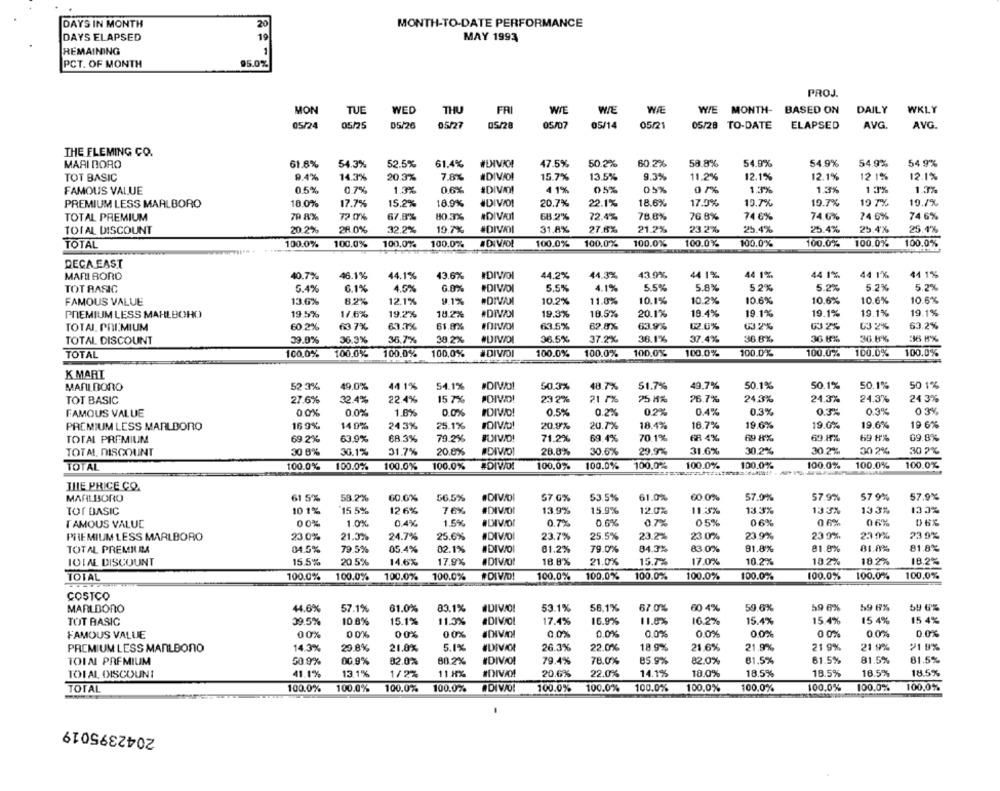
20
MONTH-TO-DATE PERFORMANCE
DAYS IN MONTH
DAYS ELAPSED
19
MAY 1993
REMAINING
1
PCT. OF MONTH
95.0%
PROJ.
MON
TUE
WED
THU
FRI
WIE
WE
WIE
WIE MONTH- BASED ON
DAILY
WKLY
05/25
05/20
05/27
05/28
05/07
05/14
05/21
05/28 TO-DATE
ELAPSED
AVG.
AVG
THE FLEMING CO.
MARI DORO
61.8%
54.3%
52.5%
61.4%
#DXIVIO!
47.5%
50.2%
60.2%
58.8%
54.9%
54.9%
54.9%
54 9%
TOT BASIC
9.4%
14.3%
20.3%
7.8%
#DIVIDI
15.7%
13.5%
9.3%
11.2%
12.1%
12.1%
12 1%%
12.1%
FAMOUS VALUE
05%
0.7%
1.3%
0.6%
IDIVMI
4 1%
05%
05%
0 7%
1.3%
1.3%
13%
1.3%
PREMIUM LESS MARLBORO
18.0%
17.7%
15.2%
18.9%
JDIVIDI
20.7%
22.1%
18.6%
17.0%
19.7%
19.7%
19 7%
19.7%
#DIVAI
TOTAL PREMIUM
79 8%
72 0%
67.8%
80.3%
68.2%
72.4%
78.8%
76.8%
74 6%
74.6%
74 6%
74 6%
TOTAL DISCOUNT
20.2%
28.0%
32.2%
19.7%
#DIVOI
31,8%
27.6%
21.2%
23.2%
25.4%
25.4%
25.4%
25.4%
TOTAL
100.0%
100.0%
100.0%
100.0%%
#DIVIOL
100.0%
100.0%
100.0%
100.0%
100.0%
100.0%
100.0%
100.0%
DECA EAST
MARI BORO
40.7%
46.1%
44.1%
43.6%
IDIVOI
44.2%
44.3%
43.9%
44 1%
44 1%
44 1%
44 1%
44 1%
TOT RASIC
5.4%
6.1%
4.5%
6.0%
#DIVOI
5.5%
4.1%
5.5%
5.8%
5.2%
5.2%
5 .2%
5.2%
FAMOUS VALUE
13.6%
8.2%
12.1%
9.1%
#DIVAN
10.2%
11.0%
10.1%
10.2%
10.6%
10.6%
10.6%
10.6%
PREMIUM LESS MAHLBOHO
19.5%
1/.6%
19.2%
18.2%
#DIVOI
19.3%
18.5%
20.1%
19.4%
19.1%
19.1%
19.1%
19.1%
61.8%
63.5%
62.8%
63.9%
02.6%
63.2%
63 2%
63.2%
TOTAL. PREMIUM
60.2%
63 7%
67.7%
03.2%
TOTAL DISCOUNT
39.0%
36.3%
36.7%
38.2%
36.5%
37.2%
38.1%
37.4%
36.8%
36.8%
36.6%
36 H%
TOTAL
100,0%
100.0%
100.0%
100,0%
# DIVOI
100.0%
100.0%
100.0%
100.0%
100.0%
100.0%
100.0%
100.0%
K MART
MARLBORO
52 3%
49,0%
44 1%
54.1%
#DIVOI
50.3%
48.7%
51.7%
49.7%
50.1%
50.1%
50.1%
50 1%
TOT BASIC
27.6%
32.4%
22.4%
15 7%
POMVO!
23 2%
21 7%
75 8%
26.7%
24.3%
24.3%
24.3%
24 3%
IDID!
0.5%
0.2%
0.2%
0.4%
0.3%
0.3%
0.3%
FAMOUS VALUE
0 0%
0.0%
1.6%
0.0%
PREMIUM LESS MARLBORO
16 9%
14 0%
243%
25.1%
IDIVID!
20.9%
20.7%
18.4%
16.7%
19.6%
19.0%
19.6%
19 6%
TOTAL PREMIUM
69.2%
63.9%
68.3%
79.2%
BUIVID!
71.2%
69.4%
70.1%
68 4%
69 8%
69.8%
69 8%
69.8%
TOTAL DISCOUNT
30 8%
30.1%
31.7%
20.8%
#DIVOI
28.8%
30.6%
29.9%
31.6%
30.2%
30.2%
30 2%
30 7%
TOTAL
100.0%
100.0%
100.0%
100.0%
100,0%
100.0%
100,0%
100.0%
100.0%
100.0%
100.0%
100.0%
THE PRICE CO.
MARLBORO
61 5%
58.2%
60.0%
56.5%
.DIV/ol
57.0%
53.5%
61.0%
60.0%
57.0%
57.9%
57 9%
57.9%
TOT BASIC
10 1%
15 5%
12 6%
76%
#DIVOI
13.9%
15.9%
12.0%
11.3%
13.3%
133%
133%
133%
00%
1.0%
0.4%
1.5%
#DIVIDI
0.7%
0.6%
0.7%
05%
06%
0 6%
06%
TAMOUS VALUE
PREMIUM LESS MARLBORO
23.0%
21.3%
24.7%
25.6%
DIVOI
23.7%
25.5%
23.2%
23.0%
23.9%
23 9%
239%
81.8%
81.8%
81.8%
81.8%
TOTAL PREMIERA
04.5%
79.5%
05.4%
02.1%
#DIVO
81.2%
79.0%
84.3%
83.0%
TOTAL DISCOUNT
15.5%
20.5%
14.6%
17.9%
#DIVO!
18.8%
21.0%
15.7%
17.0%
10.2%
10.2%
18.2%
18.2%
TOTAL
100.0%
100.0%
100.0%
100.0%
#DIV/D!
100.0%
100.0%
100.0%
100.0%
100.0%
100.0%
100.0%
100,0%
COSTCO
MARLBORO
44.6%
57.1%
61.0%
83.1%
#DIVO!
53.1%
56.1%
67.0%
60 4%
59.6%
59 6%
59 6%
69 6%
TOT BASIC
09.5%
10.8%
15.1%
11.3%
#DIVIOL
17.4%
16.9%
11.8%
16.2%
15.4%
15.4%
15 4%
15 4%
00%
00%
0 0%
00%
DIVANI
0.0%
0.0%
0,0%
0.0%
0.0%
0 0%
0 0%
0.0%
FAMOUS VALUE
PREMIUM LESS MANLBONO
14.3%
20.8%
21.0%
5.1%
IDIVIOL
26.3%
22.0%
18.9%
21.6%
21,9%
21 9%
21 9%
21 9%
TOIN PREMIUM
50 9%
00.9%
32.0%
88 2%
#DIVAO!
79.4%
78.0%
85.9%
82.0%
81.5%
61.5%
81.5%
81.5%
41.1%
13.1%
1/22
11 HX
#DIVAN
20.6%
22.0%
14.1%
10.0%
18.5%
18.5%
16.5%
18.5%
TOI AL DISCOUNT
TOTAL
100.0%
100.0%
100.0%
100.0%
DI VAO!
100.0%
100.0%
100.0%
100.0%
100.0%
100.0%
100.0%
100,0%
2042395019